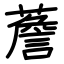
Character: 薝